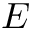
E